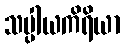
သပ္ပါယကိရိယာ